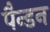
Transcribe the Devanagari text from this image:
पैन्डन